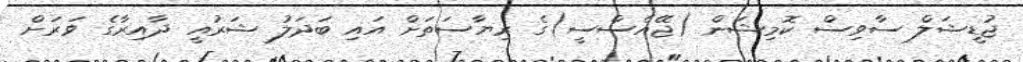
ޖުޑީޝަލް ސާވިސް ކޮމިޝަން (ޖޭއެސްސީ)ގެ ރިޔާސަތަށް އައި ބަދަލު ޝަރުއީ ދާއިރާގެ ވަރަށް